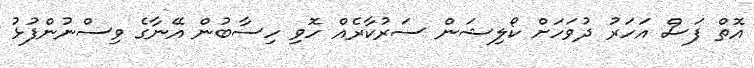
އޮތް ފަސް އަހަރު ދުވަހަށް ކޯލިޝަން ސަރުކާރެއް ހޮވި ހިސާބުން އޭނާގެ ވިސްނުންފުޅު